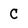
Character: C